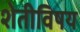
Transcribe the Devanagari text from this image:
शेतीविषय